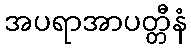
အပရာအာပတ္တီနံ